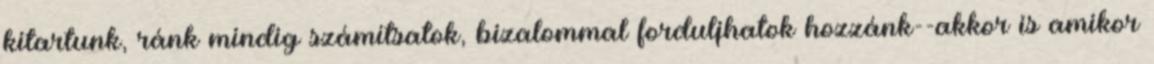
kitartunk, ránk mindig számítsatok, bizalommal forduljhatok hozzánk--akkor is amikor